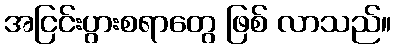
အငြင်းပွားစရာတွေ ဖြစ် လာသည်။